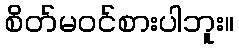
စိတ်မဝင်စားပါဘူး။